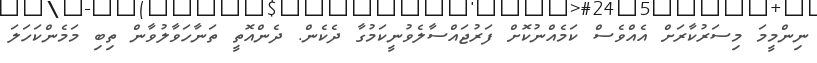
ނިންމީމަ މިސަރުކާރަށް އެއްވެސް ކަމެއްނުކޮށް ފަރުޖައްސާލެވުނީކަމުގާ ދެކެން. ދެންއޮތީ ތަނާހަވާލުވާން ތިބި މަމެންކަހަލަ